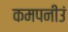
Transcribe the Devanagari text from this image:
कमपनीउं